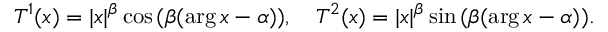
T ^ { 1 } ( x ) = | x | ^ { \beta } \cos { ( \beta ( \arg x - \alpha ) ) } , \quad T ^ { 2 } ( x ) = | x | ^ { \beta } \sin { ( \beta ( \arg x - \alpha ) ) } .